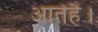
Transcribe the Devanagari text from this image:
आतेहैं।